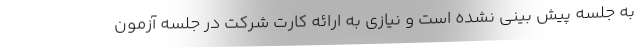
به جلسه پیش بینی نشده است و نیازی به ارائه کارت شرکت در جلسه آزمون